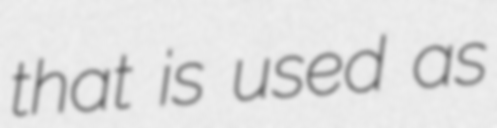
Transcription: that is used as